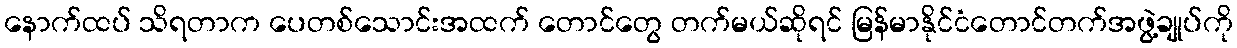
နောက်ထပ် သိရတာက ပေတစ်သောင်းအထက် တောင်တွေ တက်မယ်ဆိုရင် မြန်မာနိုင်ငံတောင်တက်အဖွဲ့ချုပ်ကို